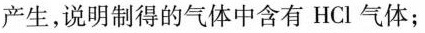
产生，说明制得的气体中含有HCl气体；